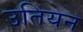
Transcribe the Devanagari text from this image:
उतियन